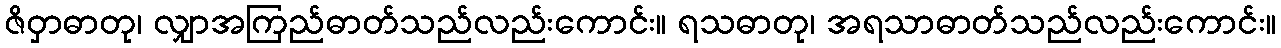
ဇိဝှာဓာတု၊ လျှာအကြည်ဓာတ်သည်လည်းကောင်း။ ရသဓာတု၊ အရသာဓာတ်သည်လည်းကောင်း။